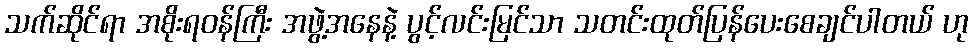
သက်ဆိုင်ရာ အစိုးရဝန်ကြီး အဖွဲ့အနေနဲ့ ပွင့်လင်းမြင်သာ သတင်းထုတ်ပြန်ပေးစေချင်ပါတယ် ဟု